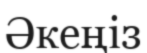
Әкеңіз